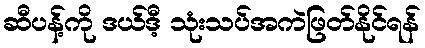
ဆီပန့်ကို ဒယ်ဒီ့ သုံးသပ်အကဲဖြတ်နိုင်ရန်